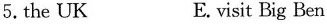
5. the UK E.visit Big Ben